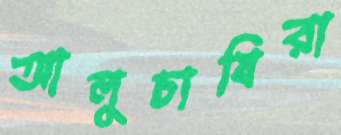
আলুচাষিরা